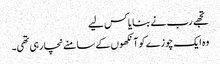
تجھے رب نے بنایا کس لیے
وہ ایک چوزے کو آنکھوں کے سامنے نچا رہی تھی۔